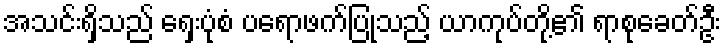
အသင်းရှိသည် ရှေးပုံစံ ပရောဖက်ပြုသည့် ယာကုပ်တို့၏ ရာစုခေတ်ဦး